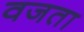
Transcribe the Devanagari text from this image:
वजता